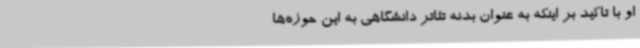
او با تاکید بر اینکه به عنوان بدنه تئاتر دانشگاهی به این حوزه‌ها